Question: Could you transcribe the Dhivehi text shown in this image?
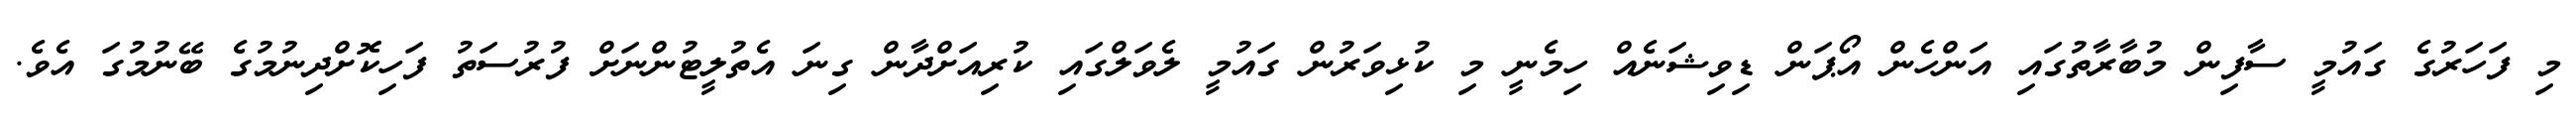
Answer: މި ފަހަރުގެ ގައުމީ ސާފިން މުބާރާތުގައި އަންހެން އޯޕަން ޑިވިޝަނެއް ހިމެނީ މި ކުޅިވަރުން ގައުމީ ލެވަލްގައި ކުރިއަށްދާން ގިނަ އެތުލީޓުންނަށް ފުރުސަތު ފަހިކޮށްދިނުމުގެ ބޭނުމުގަ އެވެ.